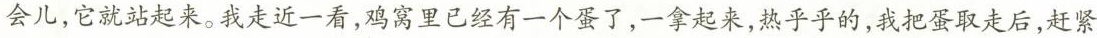
会儿，它就站起来。我走近一看，鸡窝里已经有一个蛋了，一拿起来，热乎乎的，我把蛋取走后，赶紧